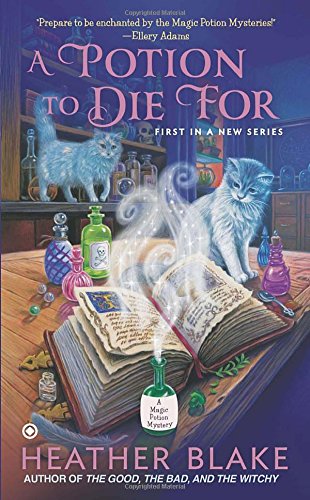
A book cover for A Potion to Die For: A Magic Potion Mystery; Heather Blake; Mystery, Thriller & Suspense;